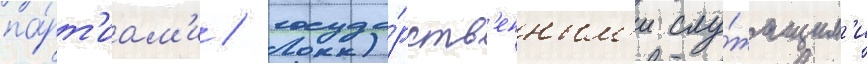
па́рт'иам'и / госуда́рств'енным'и слу́жащим'и